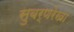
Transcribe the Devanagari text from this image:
सुबर्णरेखा